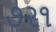
૭૨૧